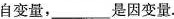
自变量，___ 是因变量。